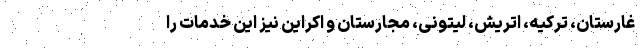
غارستان، ترکیه، اتریش، لیتونی، مجارستان و اکراین نیز این خدمات را